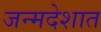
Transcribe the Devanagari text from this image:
जन्मदेशात